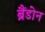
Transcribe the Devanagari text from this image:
ब्रैंडोन